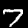
Digit: 7